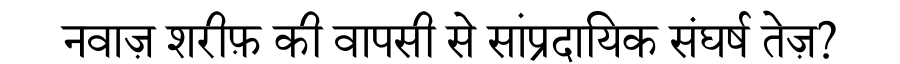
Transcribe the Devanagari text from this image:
नवाज़ शरीफ़ की वापसी से सांप्रदायिक संघर्ष तेज़?